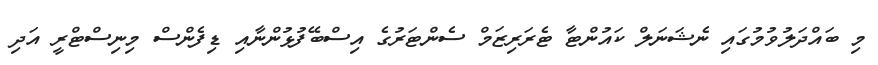
މި ބައްދަލުވުމުގައި ނެޝަނަލް ކައުންޓާ ޓެރަރިޒަމް ސެންޓަރުގެ އިސްބޭފުޅުންނާއި ޑިފެންސް މިނިސްޓްރީ އަދި